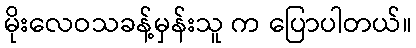
မိုးလေဝသခန့်မှန်းသူ က ပြောပါတယ်။